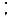
: